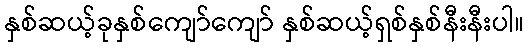
နှစ်ဆယ့်ခုနှစ်ကျော်ကျော် နှစ်ဆယ့်ရှစ်နှစ်နီးနီးပါ။